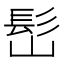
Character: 𩫺